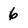
Character: 6